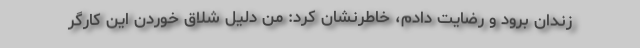
زندان برود و رضایت دادم، خاطرنشان کرد: من دلیل شلاق خوردن این کارگر